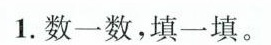
数一数，填一填。